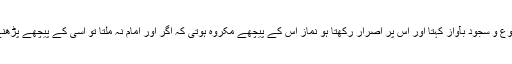
ہاں اگر وہاں وہابیت نہ ہوتی تو فقط اتنی بات پر کہ تسبیحات رکوع و سجود بآواز کہتا اور اس پر اصرار رکھتا ہو نماز اس کے پیچھے مکروہ ہوتی کہ اگر اور امام نہ ملتا تو اسی کے پیچھے پڑھنے کا حکم دیا جاتا مگر بحال وہابیت ہر گز اقتداء جائز نہ ہوگی ۔